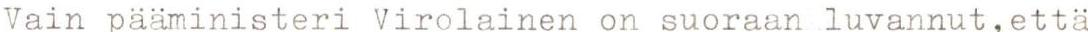
Vain pääministeri Virolainen on suoraan luvannut,että